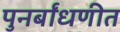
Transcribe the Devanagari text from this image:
पुनर्बांधणीत